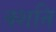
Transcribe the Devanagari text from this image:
क्शति